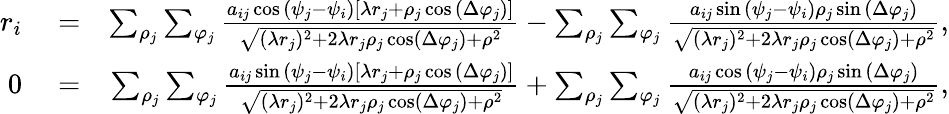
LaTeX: \begin{array}{rlr}{r_{i}}&{{}=}&{\sum_{\rho_{j}}\sum_{\varphi_{j}}\frac{a_{ij}\cos{\left(\psi_{j}-\psi_{i}\right)}\left[\lambda r_{j}+\rho_{j}\cos{\left(\Delta\varphi_{j}\right)}\right]}{\sqrt{(\lambda r_{j})^{2}+2\lambda r_{j}\rho_{j}\cos\left(\Delta\varphi_{j}\right)+\rho^{2}}}-\sum_{\rho_{j}}\sum_{\varphi_{j}}\frac{a_{ij}\sin{\left(\psi_{j}-\psi_{i}\right)}\rho_{j}\sin{\left(\Delta\varphi_{j}\right)}}{\sqrt{(\lambda r_{j})^{2}+2\lambda r_{j}\rho_{j}\cos\left(\Delta\varphi_{j}\right)+\rho^{2}}},}\\ {0}&{{}=}&{\sum_{\rho_{j}}\sum_{\varphi_{j}}\frac{a_{ij}\sin{\left(\psi_{j}-\psi_{i}\right)}\left[\lambda r_{j}+\rho_{j}\cos{\left(\Delta\varphi_{j}\right)}\right]}{\sqrt{(\lambda r_{j})^{2}+2\lambda r_{j}\rho_{j}\cos\left(\Delta\varphi_{j}\right)+\rho^{2}}}+\sum_{\rho_{j}}\sum_{\varphi_{j}}\frac{a_{ij}\cos{\left(\psi_{j}-\psi_{i}\right)}\rho_{j}\sin{\left(\Delta\varphi_{j}\right)}}{\sqrt{(\lambda r_{j})^{2}+2\lambda r_{j}\rho_{j}\cos\left(\Delta\varphi_{j}\right)+\rho^{2}}},}\end{array}